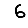
Digit: 6